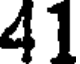
41